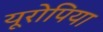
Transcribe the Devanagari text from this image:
यूरोपिया